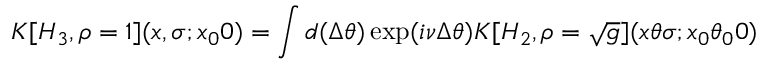
K [ H _ { 3 } , \rho = 1 ] ( x , \sigma ; x _ { 0 } 0 ) = \int d ( \Delta \theta ) \exp ( i \nu \Delta \theta ) K [ H _ { 2 } , \rho = \sqrt { g } ] ( x \theta \sigma ; x _ { 0 } \theta _ { 0 } 0 )